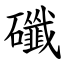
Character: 䃸